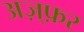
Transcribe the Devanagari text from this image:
अज़्फ़र